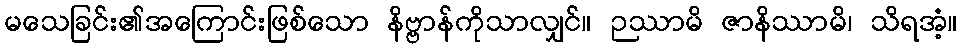
မသေခြင်း၏အကြောင်းဖြစ်သော နိဗ္ဗာန်ကိုသာလျှင်။ ဉဿာမိ ဇာနိဿာမိ၊ သိရအံ့။